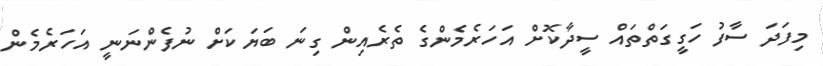
މިފަދަ ސާފު ހަގީގަތްތައް ސީދާކޮށް އަހަރެމެންގެ ތެރެއިން ގިނަ ބަޔަކަށް ނުފެންނަނީ އަހަރެމެން